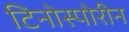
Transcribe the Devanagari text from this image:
टिनोस्पोरीन